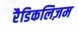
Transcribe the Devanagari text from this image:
रैडिकलिज़म